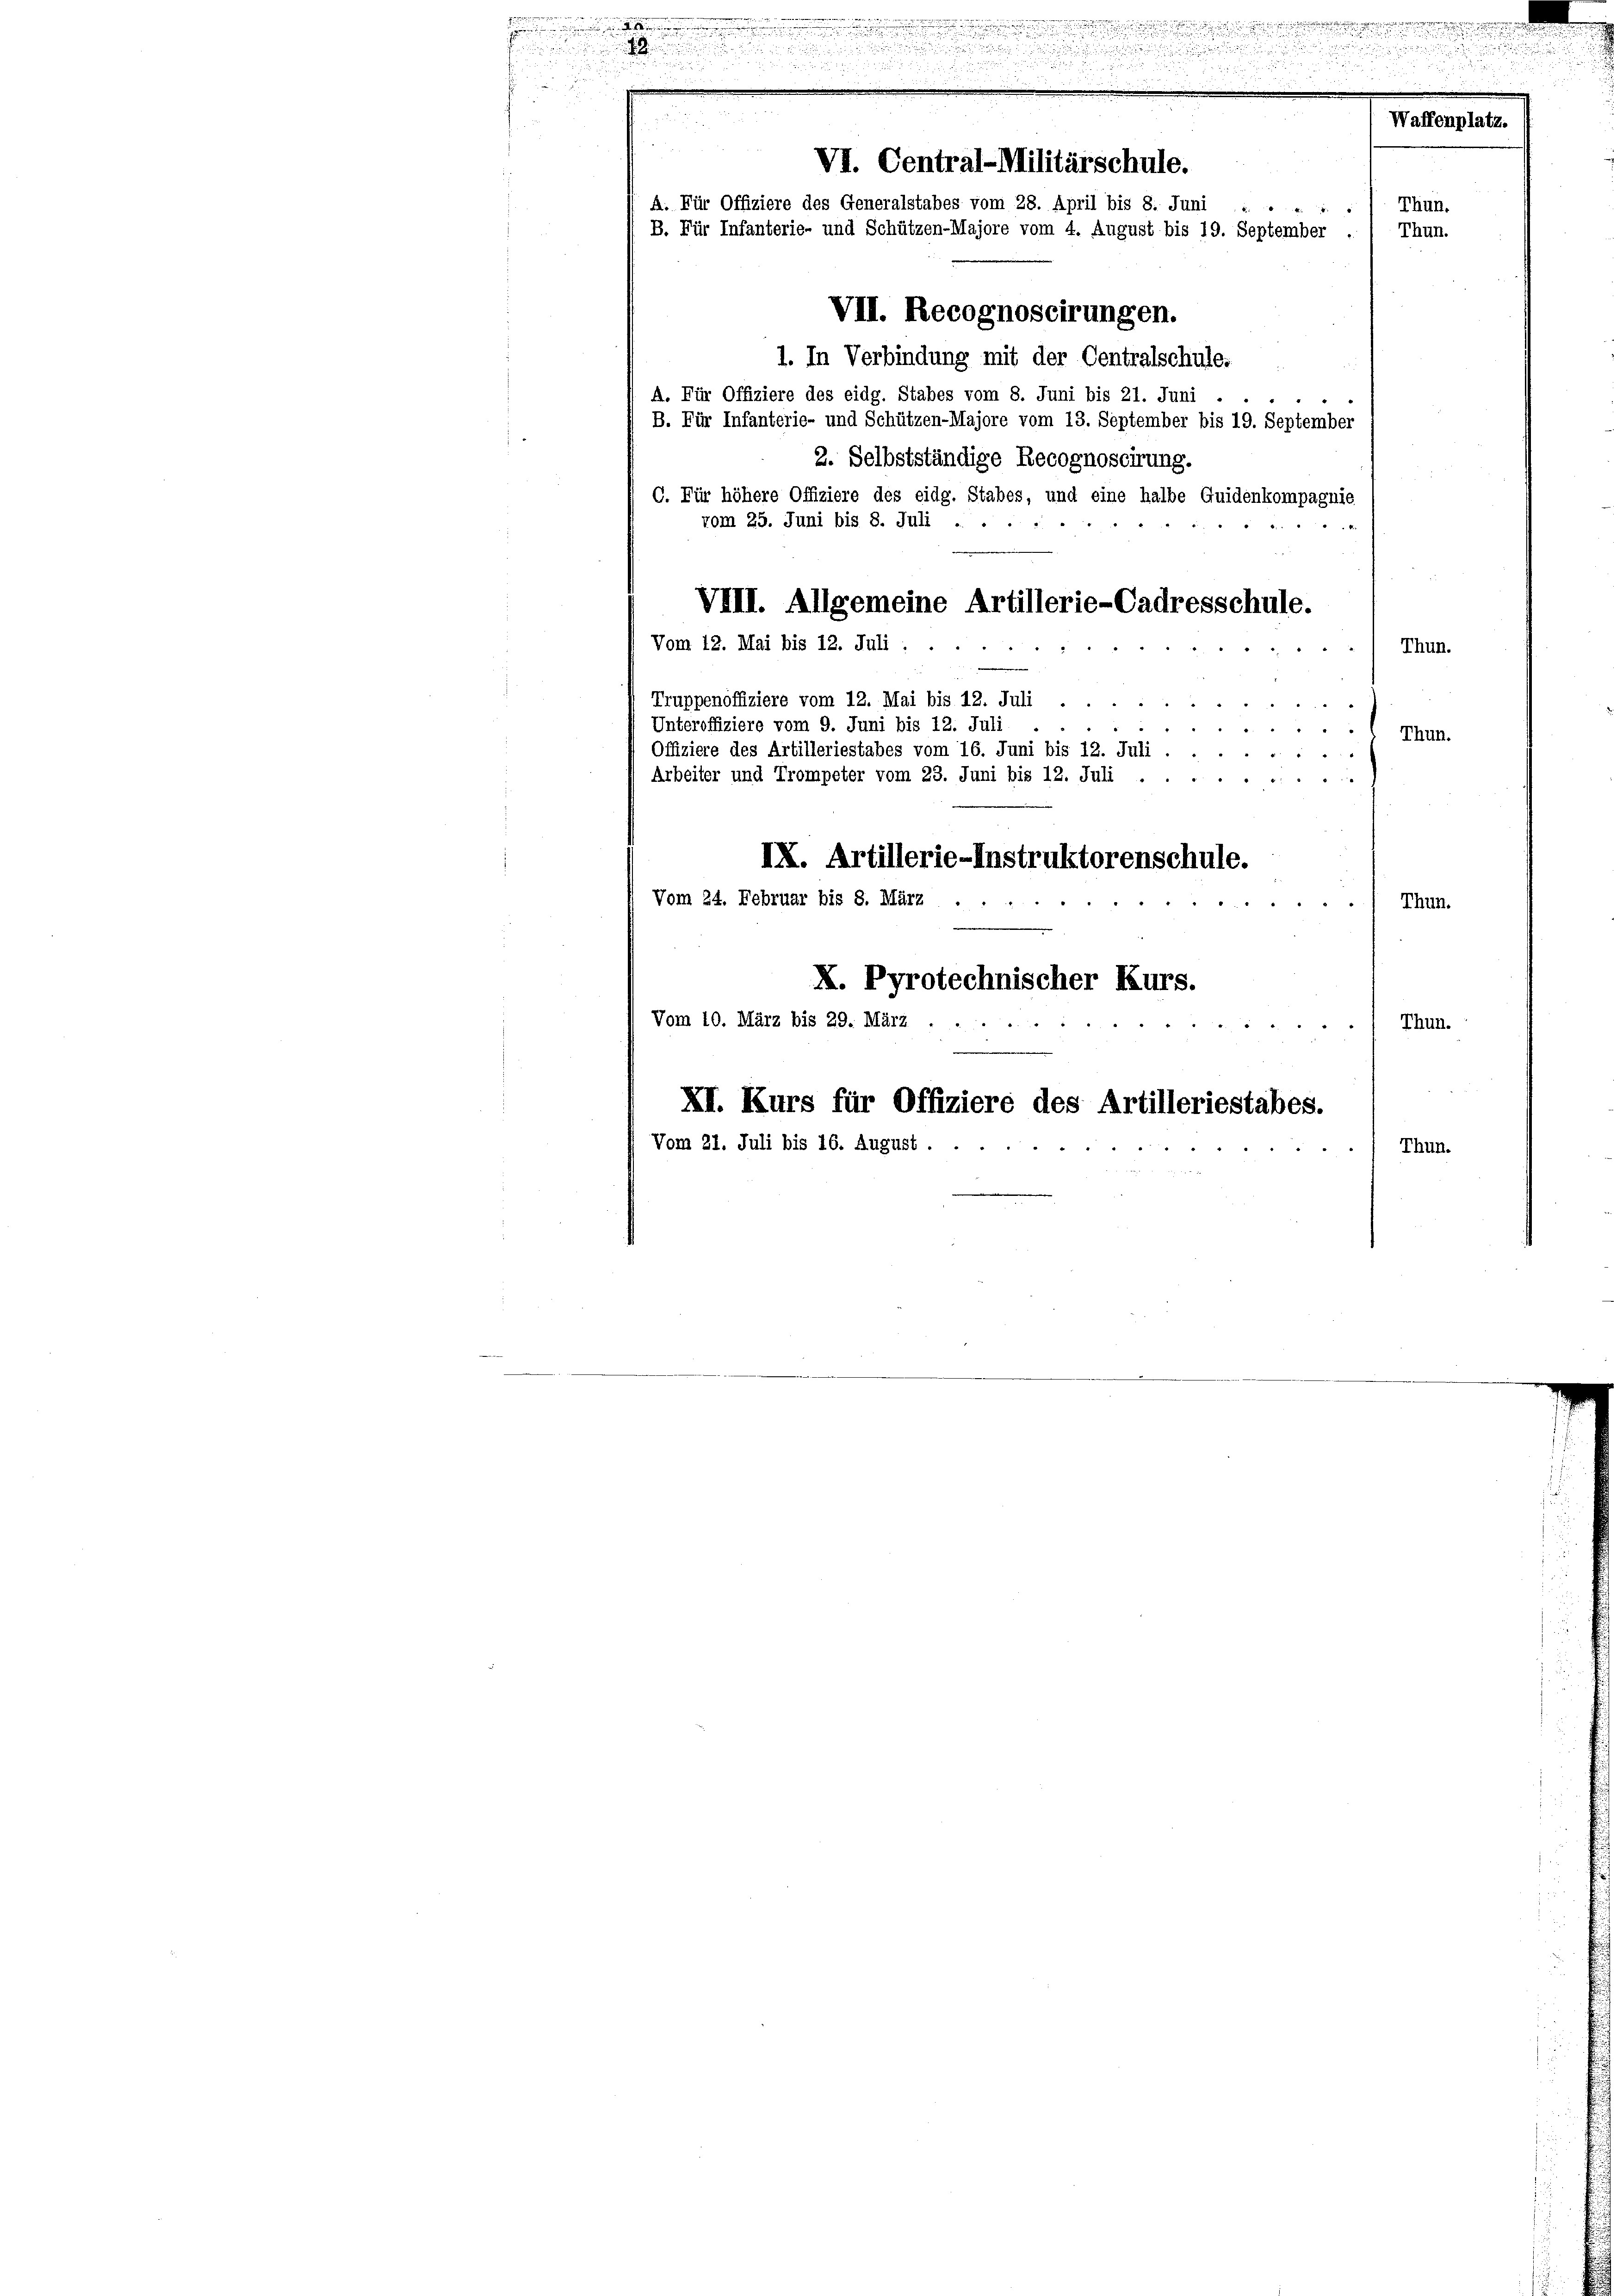
i

A. Für Offiziere des eidg. Stabes vom 8. Juni bis 21. Juni
B. Für Infanterie- und Schützen-Majore vom 13. September bis 19. September
2. Selbstständige Recognoscirung.
C. Für höhere Offiziere des eidg. Stabes, und eine halbe Quidenkompagnie
vom 25. Juni bis 8. Juli ...
 ». . . " " 4.
VIII. Allgemeine Artillerie-Cadresschule.
Vom 12. Mai bis 12. Juli:
¬
a
Truppenoffiziere vom 12. Mai bis 12. Juli
 f 0 x
Unteroffiziere vom 9. Juni bis 12. Juli
i
Offiziere des Artilleriestabes vom 16. Juni bis 12. Juli.
Arbeiter und Trompeter vom 23. Juni bis 12. Juli

Waffenplat
i
VI. Central-Militärschule.
A. Für Offiziere des Generalstabes vom 28. April bis 8. Juni
B. Für Infanterie- und Schützen-Majore vom 4. August bis 19. September
Thun.
VII. Recognoscirungen.
1. In Verbindung mit der Centralschule.
Thun.
Thun.
IX. Artillerie-Instruktorenschule.
Vom 24. Februar bis 8. März

Thun.
X. Pyrotechnischer Kurs.
Vom 10. März bis 29. März
Thun.
.
XI. Kurs für Offiziere des Artilleriestabes.
Vom 21. Juli bis 16. August . .
Thun.

Thun.